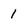
Character: 1